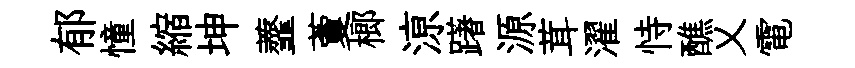
郁憧縮坤虀藑榔鿌躇源茸濯恃醮乂電